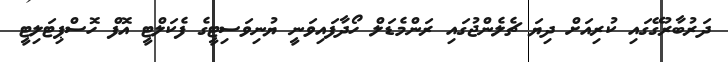
ދަރުބާރުގޭގައި ކުރިއަށް ދިޔަ ޗެލެންޖުގައި ރަންމެޑަލް ހޯދާފައިވަނީ ޔުނިވަސިޓީގެ ފެކަލްޓީ އޮފް ހޮސްޕިޓަލިޓީ